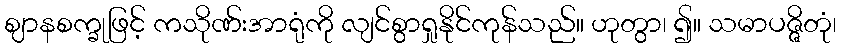
ဈာနစက္ခုဖြင့် ကသိုဏ်းအာရုံကို လျင်စွာရှုနိုင်ကုန်သည်။ ဟုတွာ၊ ၍။ သမာပဇ္ဇိတုံ၊